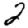
Digit: 2